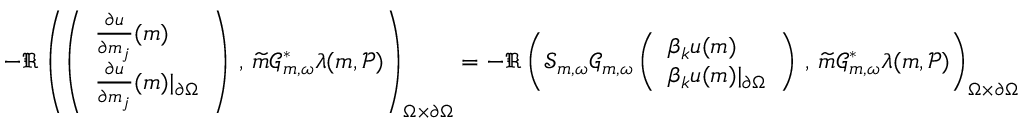
\begin{array} { r } { - \Re \left( \left( \begin{array} { l } { \frac { \partial u } { \partial m _ { j } } ( \boldsymbol { m } ) } \\ { \frac { \partial u } { \partial m _ { j } } ( \boldsymbol { m } ) \vert _ { \partial \Omega } } \end{array} \right) \, , \, \widetilde { m } \mathcal { G } _ { \boldsymbol { m } , \omega } ^ { * } \lambda ( \boldsymbol { m } , \mathcal { P } ) \right) _ { \Omega \times \partial \Omega } = - \Re \left( \mathscr { S } _ { \boldsymbol { m } , \omega } \mathcal { G } _ { \boldsymbol { m } , \omega } \left( \begin{array} { l } { \beta _ { k } u ( \boldsymbol { m } ) } \\ { \beta _ { k } u ( \boldsymbol { m } ) \vert _ { \partial \Omega } } \end{array} \right) \, , \, \widetilde { m } \mathcal { G } _ { \boldsymbol { m } , \omega } ^ { * } \lambda ( \boldsymbol { m } , \mathcal { P } ) \right) _ { \Omega \times \partial \Omega } } \end{array}